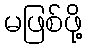
မဖြစ်ဖို့